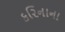
કરિનાના